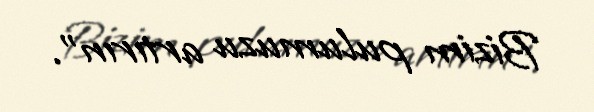
Bizim pulumuzu artırın”.